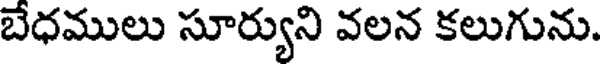
బేధములు సూర్యుని వలన కలుగును.